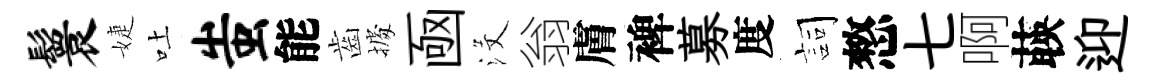
鬟婕吐蚩能齒𢴃凾沒翁膚裨募度詞憗七啊𦴤迎